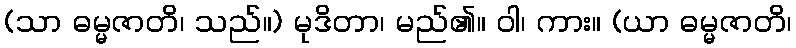
(သာ ဓမ္မဇာတိ၊ သည်။) မုဒိတာ၊ မည်၏။ ဝါ၊ ကား။ (ယာ ဓမ္မဇာတိ၊